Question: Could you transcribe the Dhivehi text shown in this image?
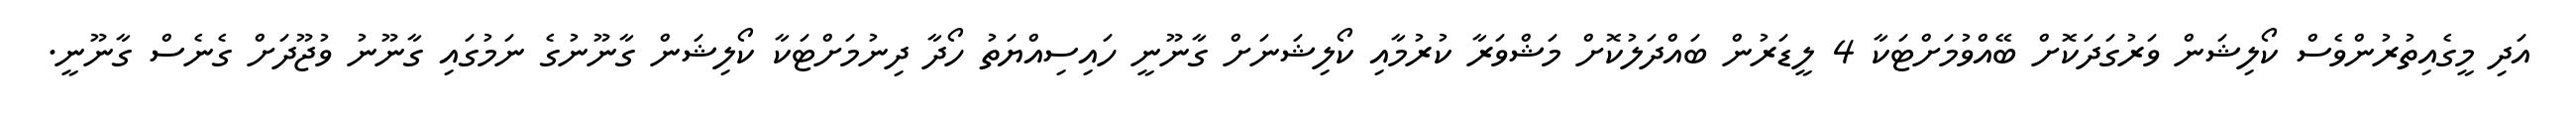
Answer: އަދި މީގެއިތުރުންވެސް ކޯލިޝަން ވަރުގަދަކޮށް ބޭއްވުމަށްޓަކާ 4 ލީޑަރުން ބައްދަލުކޮށް މަޝްވަރާ ކުރުމާއި ކޯލިޝަނަށް ގާނޫނީ ހައިސިއްޔަތު ހޯދާ ދިނުމަށްޓަކާ ކޯލިޝަން ގާނޫނުގެ ނަމުގައި ގާނޫނު ވުޖޫދަށް ގެނެސް ގާނޫނީ.